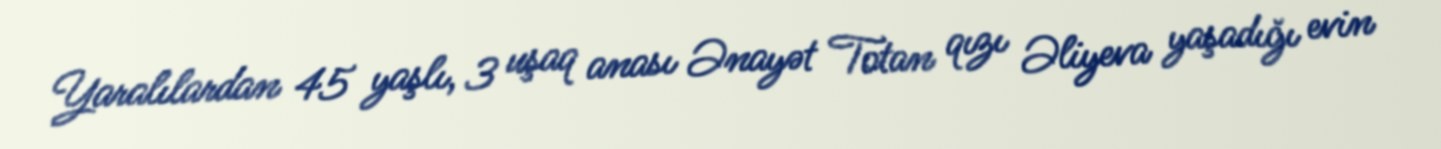
Yaralılardan 45 yaşlı, 3 uşaq anası Ənayət Totan qızı Əliyeva yaşadığı evin